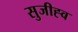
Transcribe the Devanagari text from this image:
सुजीह्व